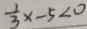
\frac { 1 } { 3 } x - 5 < 0